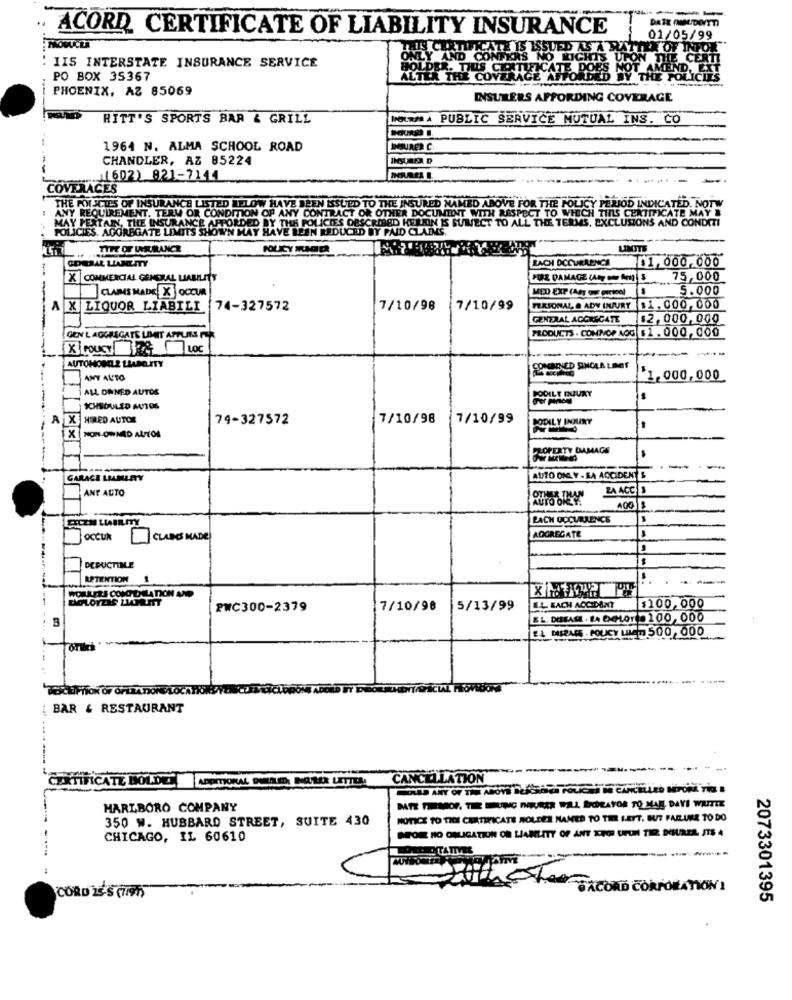
----
DATE (NUDEVYTI
ACORD CERTIFICATE OF LIABILITY INSURANCE
01/05/99
THIS CERTIFICATE IS ISSUED
ONLY AND CONFERS NO KI
: IIS INTERSTATE INSURANCE SERVICE
DER. THIS CERTIFICATE
PO BOX 35367
ALTER THE COVERAGE
PHOENIX, AZ 85069
INSULERS AFFORDING COVERAGE
RITT'S SPORTS BAR & GRILL
MA PUBLIC SERVICE MUTUAL INS. CO
1964 N. ALMA SCHOOL ROAD
CHANDLER, AZ 85224
J1602) 821-7144
COVERACES
THE POISCTES OF INSURANCE LISTED BELOW HAVE BEEN ISSUED TO THE INSURED NAMED ABOVE FOR THE POLICY PERIOD INDICATED. NOTW
Y REQUIREMENT. TERV OR CONDITION OF ANY CONTRACT OR OTHER DOCUMENT WITH RESPECT TO WHICH TINS CERTIFICATE MAY
MAY PERTAIN, THE INSURANCE AFFORDED BY THE POLICIES DESCRIBED HEREIN IS SUTECT TO ALL THE TERMS. EXCLUSIONS AND CONDITI
POLICIES. AGGREGATE LIMITS SHOWN MAY HAVE BEEN REDUCED BY PAID CLADES.
TITE OF UNKURANCE
LIMITE
ZACH OCCURRENCE
01,000,000
X COMMERCIAL GENERAL LIABILITY
PORE DAMAGE CARY DE FOR)S
75,000
CLARES MADE X OCCUR
5.000
X LIQUOR LIABILI 74-327572
7/10/98
7/10/99
PERSONAL & ADY DUURY $1.000, 000
GENERAL AGGREGATE
$2,000, 000
GEN'L AGGREGATE LIMIT APPLIES FOR
PRODUCTS . COMMOP AOG $ 1 . 000, 000
--
AUTOMOBILZ LIABELITY
AMY AUTO
1,000, 000
ALL DRNED AUTOS
PODILE GUURY
Por parce
SCHEDULED AUTOS
A
HIRED AUTOR
74-327572
7/10/98
7/10/99
PODIL Y UNDA
X NON-OWNED ALTOS
-OFERTY DAMAGE
-
GARACE LIAMULETY
AUTO ONLY - BA ACCIDENT &
ANT AUTO
ZA ACC S
400
18
BACH OCCURENCE
occuk
CLUBES MADE
AGGREGATE
DEDUCTIME
RETENTION
1
WOLKERS CONG DHLATION AND
PWC300-2379
7/10/98
5/13/99
EL EACH ACCIDENT
$100,000
3
EL DISEASE . LA CHOY= 100,000
EL DISPARE . POLICY LUET 500, 000
BAR & RESTAURANT
CERTIFICATE HOLDET
ADPMORAL DEALE, NOMER LETTLA
CANCELLATION
MARLBORO COMPANY
DATE THENDOF, THE BUG INEURER WAL BORAYOR TO MAR DAYI WITTE
350 W. HUBBARD STREET, SUITE 430
NOTICE TO TIDE CERTIFICATE HOLDER NAMED TO THE SETT. BUT FAILURE TO DO
DEOM NO OBLIGATION ON LIAMLITY OF ANT KED UPUN TIR NIUSER, ITS A
CHICAGO, IL 60610
Led TEKCORD CORPORATION:
CORD 25-5 (79)
2073301395